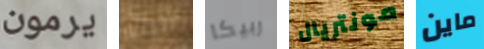
يرمون الطيار ربيكا مونتريال ماين